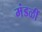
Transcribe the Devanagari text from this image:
मंडळीं